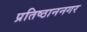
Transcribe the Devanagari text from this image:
प्रतिष्ठाननगर